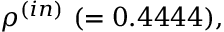
\rho ^ { ( i n ) } ~ ( = 0 . 4 4 4 4 ) ,